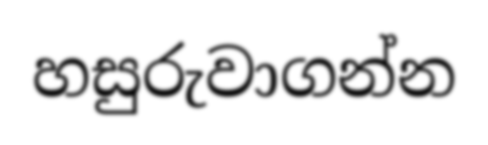
හසුරුවාගන්න